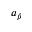
a _ { \beta }